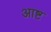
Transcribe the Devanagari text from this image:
आष्ट